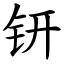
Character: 钘